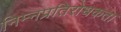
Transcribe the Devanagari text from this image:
निम्नप्रतिरोधकता